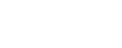
အပစ်ရပ်ရေး